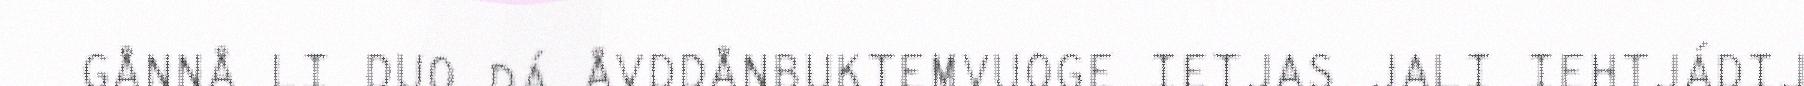
GÅNNÅ LI DUO DÁ ÅVDDÅNBUKTEMVUOGE IETJAS JALI IEHTJÁDIJ